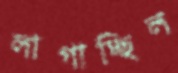
লাগাচ্ছিল